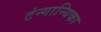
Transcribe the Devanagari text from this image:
टंन्गान्यिका